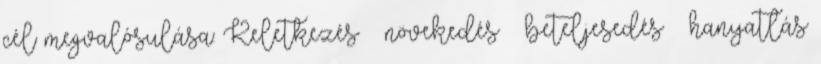
cél megvalósulása: Keletkezés – növekedés – beteljesedés – hanyatlás